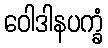
ဝေါဒါနပက္ခံ